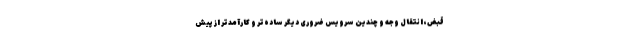
قبض، انتقال وجه و چندین سرویس ضروری دیگر ساده‌تر و کارآمدتر از پیش